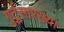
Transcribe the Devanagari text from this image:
गुर्टूसारख्या